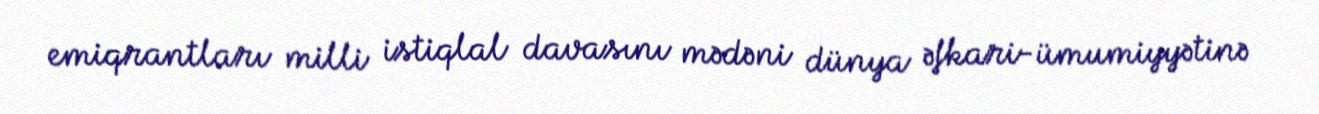
emiqrantları milli istiqlal davasını mədəni dünya əfkari-ümumiyyətinə